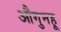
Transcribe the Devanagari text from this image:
औगुनहू